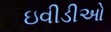
ઇવીડીઓ